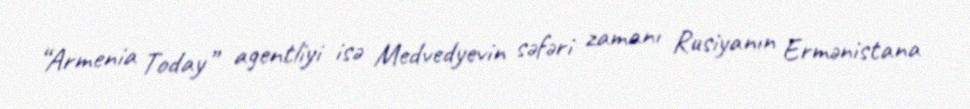
“Armenia Today” agentliyi isə Medvedyevin səfəri zamanı Rusiyanın Ermənistana